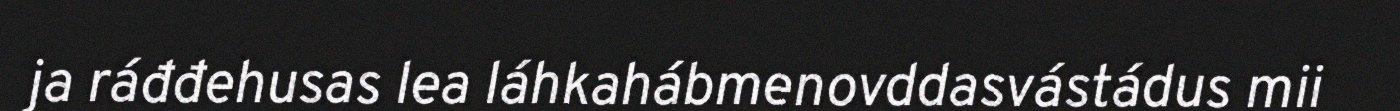
ja ráđđehusas lea láhkahábmenovddasvástádus mii